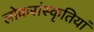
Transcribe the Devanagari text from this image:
लोकसंस्कृतियां